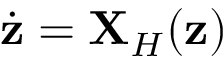
\dot { { \mathbf { z } } } = { \bf X } _ { H } ( { \mathbf { z } } )